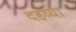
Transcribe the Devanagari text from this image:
दहव्या